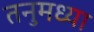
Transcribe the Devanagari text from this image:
तनुमध्या